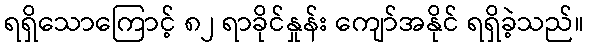
ရရှိသောကြောင့် ၈၂ ရာခိုင်နှုန်း ကျော်အနိုင် ရရှိခဲ့သည်။